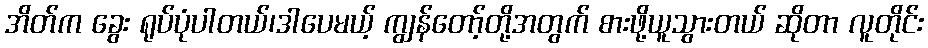
အိတ်က ခွေး ရုပ်ပုံပါတယ်၊ဒါပေမယ့် ကျွန်တော့်တို့အတွက် စားဖို့ယူသွားတယ် ဆိုတာ လူတိုင်း